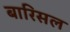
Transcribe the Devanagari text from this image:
बारिसल